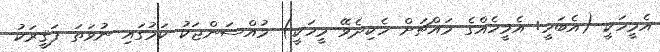
އެމީހަކީ (އެބަހީ: އެމީހެއްގެ މައްޗަށް ހެކިދެވޭ މީހަކީ) މުއްސަންޖަކު ކަމުގައި ނުވަތަ ފަޤީރަކު